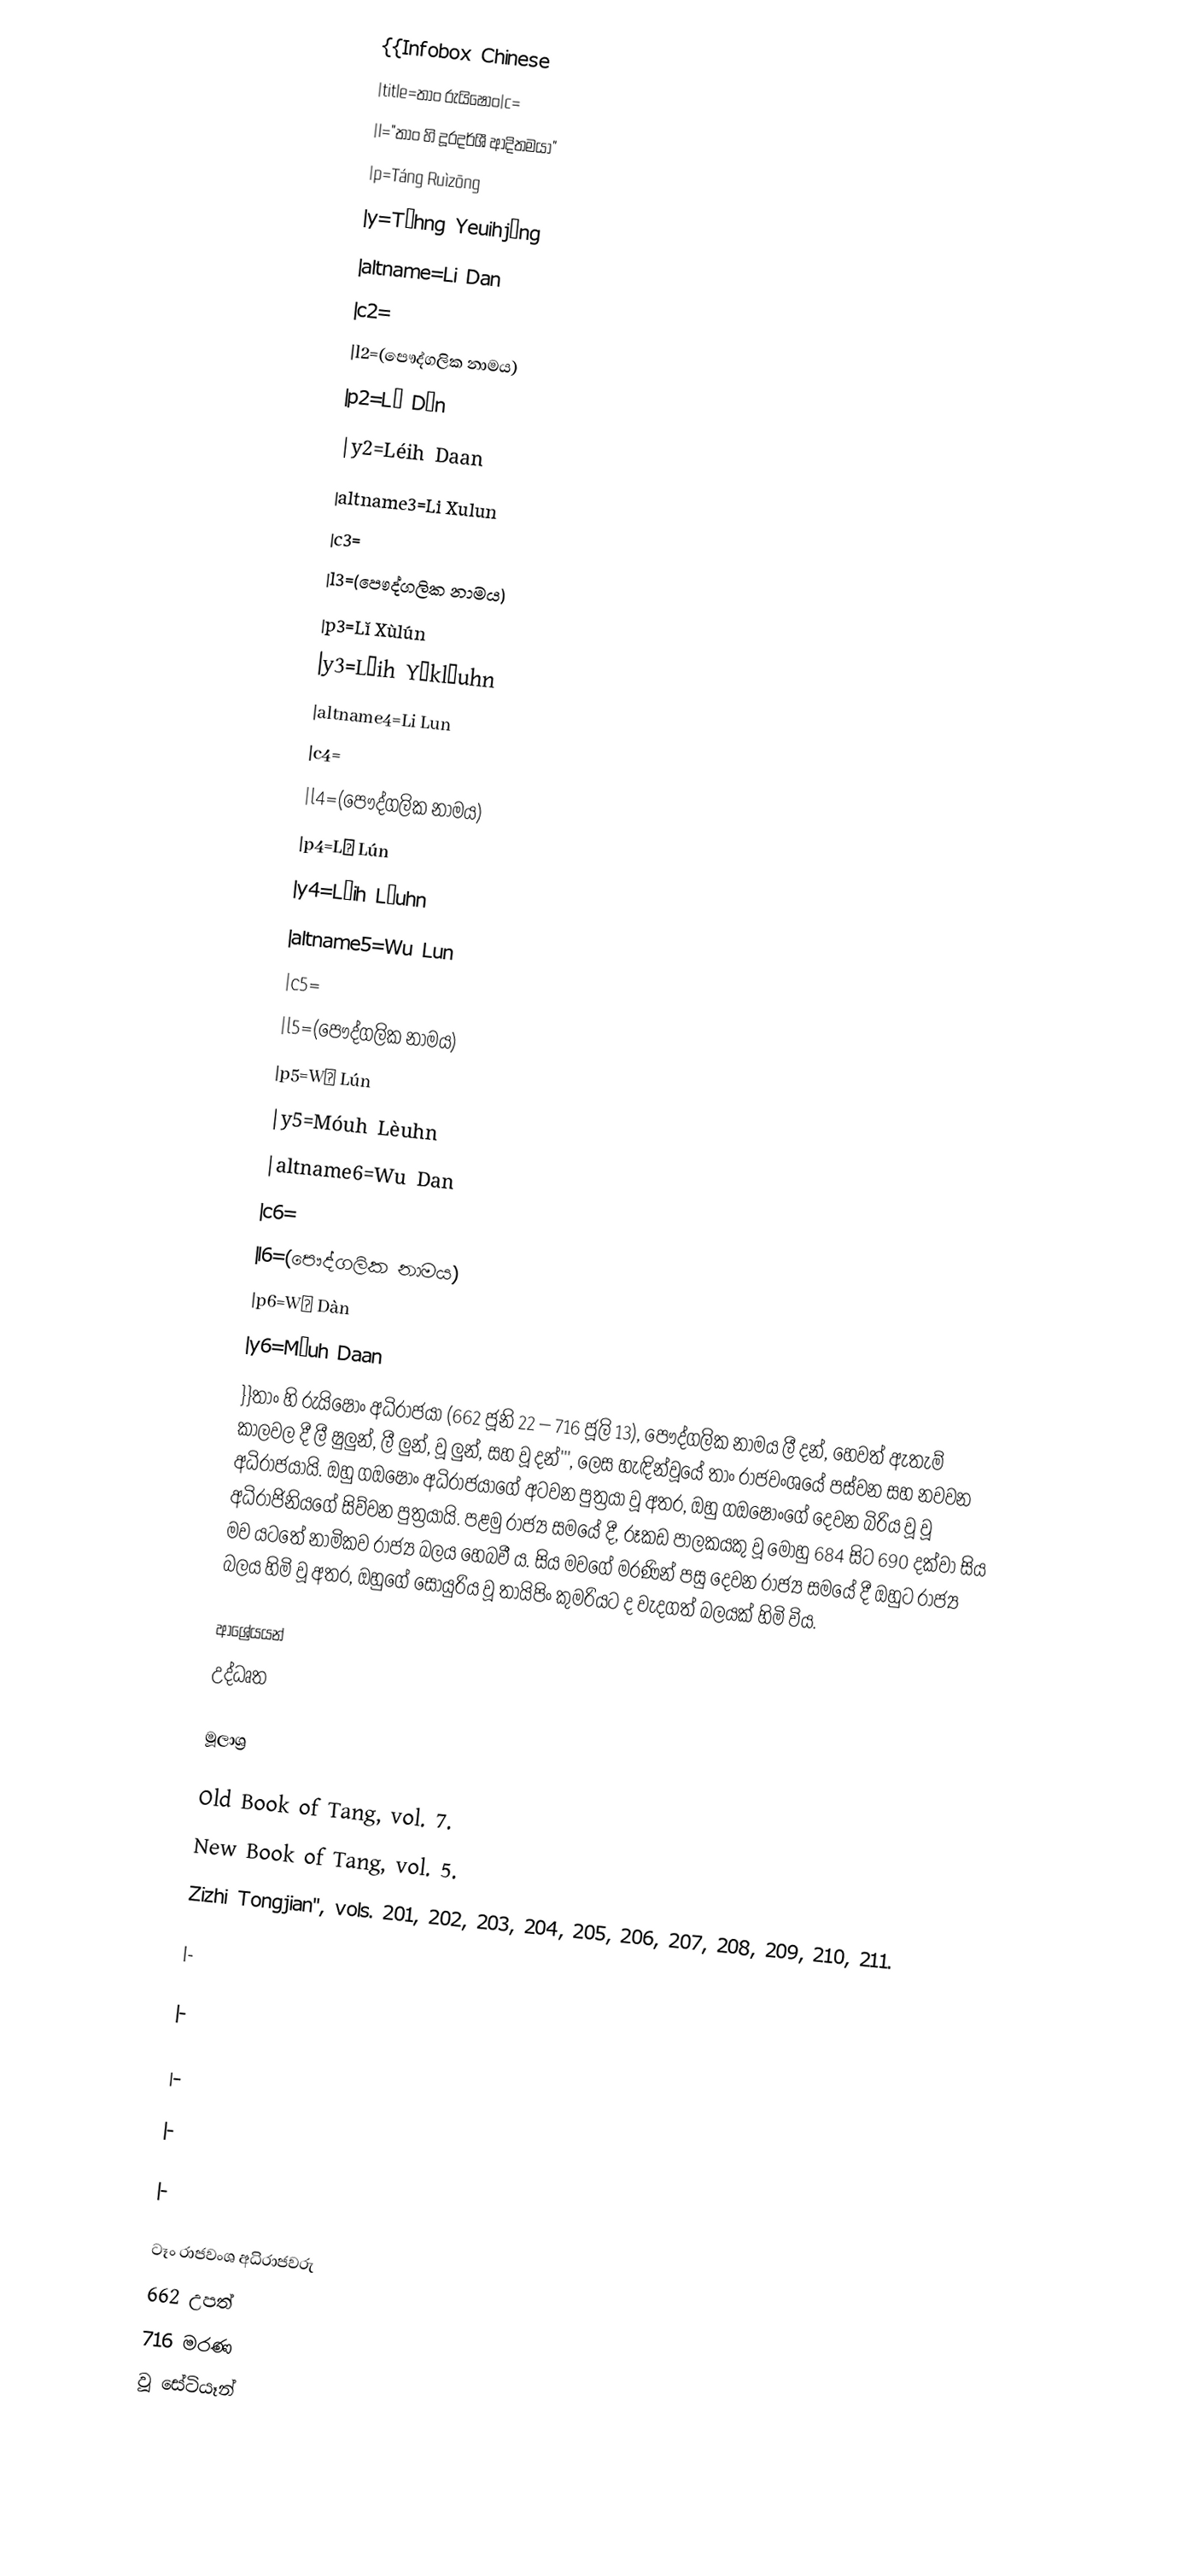
{{Infobox Chinese
|title=තාං රුයිෂෝං|c=
|l="තාං හි දූරදර්ශී ආදිතමයා"
|p=Táng Ruìzōng
|y=Tòhng Yeuihjūng
|altname=Li Dan
|c2=
|l2=(පෞද්ගලික නාමය)
|p2=Lǐ Dàn
|y2=Léih Daan
|altname3=Li Xulun
|c3=
|l3=(පෞද්ගලික නාමය)
|p3=Lǐ Xùlún
|y3=Léih Yūklèuhn
|altname4=Li Lun
|c4=
|l4=(පෞද්ගලික නාමය)
|p4=Lǐ Lún
|y4=Léih Lèuhn
|altname5=Wu Lun
|c5=
|l5=(පෞද්ගලික නාමය)
|p5=Wǔ Lún
|y5=Móuh Lèuhn
|altname6=Wu Dan
|c6=
|l6=(පෞද්ගලික නාමය)
|p6=Wǔ Dàn
|y6=Móuh Daan
}}තාං හි රුයිෂෝං අධිරාජයා (662 ජූනි 22 – 716 ජූලි 13), පෞද්ගලික නාමය ලී දන්, හෙවත් ඇතැම් කාලවල දී ලී ෂුලුන්, ලී ලුන්, වූ ලුන්, සහ වූ දන්''', ලෙස හැඳින්වූයේ තාං රාජවංශයේ පස්වන සහ නවවන අධිරාජයායි. ඔහු ගඔෂොං අධිරාජයාගේ අටවන පුත්‍රයා වූ අතර, ඔහු ගඔෂොංගේ දෙවන බිරිය වූ වූ අධිරාජිනියගේ සිව්වන පුත්‍රයායි. පළමු රාජ්‍ය සමයේ දී, රූකඩ පාලකයකු වූ මොහු 684 සිට 690 දක්වා සිය මව යටතේ නාමිකව රාජ්‍ය බලය හෙබවී ය. සිය මවගේ මරණින් පසු දෙවන රාජ්‍ය සමයේ දී ඔහුට රාජ්‍ය බලය හිමි වූ අතර, ඔහුගේ සොයුරිය වූ තායිපිං කුමරියට ද වැදගත් බලයක් හිමි විය.

 ආශ්‍රේයයන්
 උද්ධෘත

 මූලාශ්‍ර

 Old Book of Tang, vol. 7.
 New Book of Tang, vol. 5.
 Zizhi Tongjian'', vols. 201, 202, 203, 204, 205, 206, 207, 208, 209, 210, 211.

|-

|-

|-

|-

|-

ටෑං රාජවංශ අධිරාජවරු
662 උපත්
716 මරණ
වූ සේටියෑන්